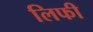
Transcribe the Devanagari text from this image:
लिफी